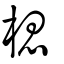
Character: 楒